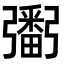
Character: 𢐲